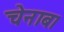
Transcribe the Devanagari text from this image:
चेनाब।